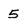
Character: 5